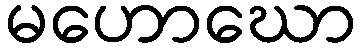
မဟောဃော